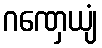
ဂဏှေယျံ